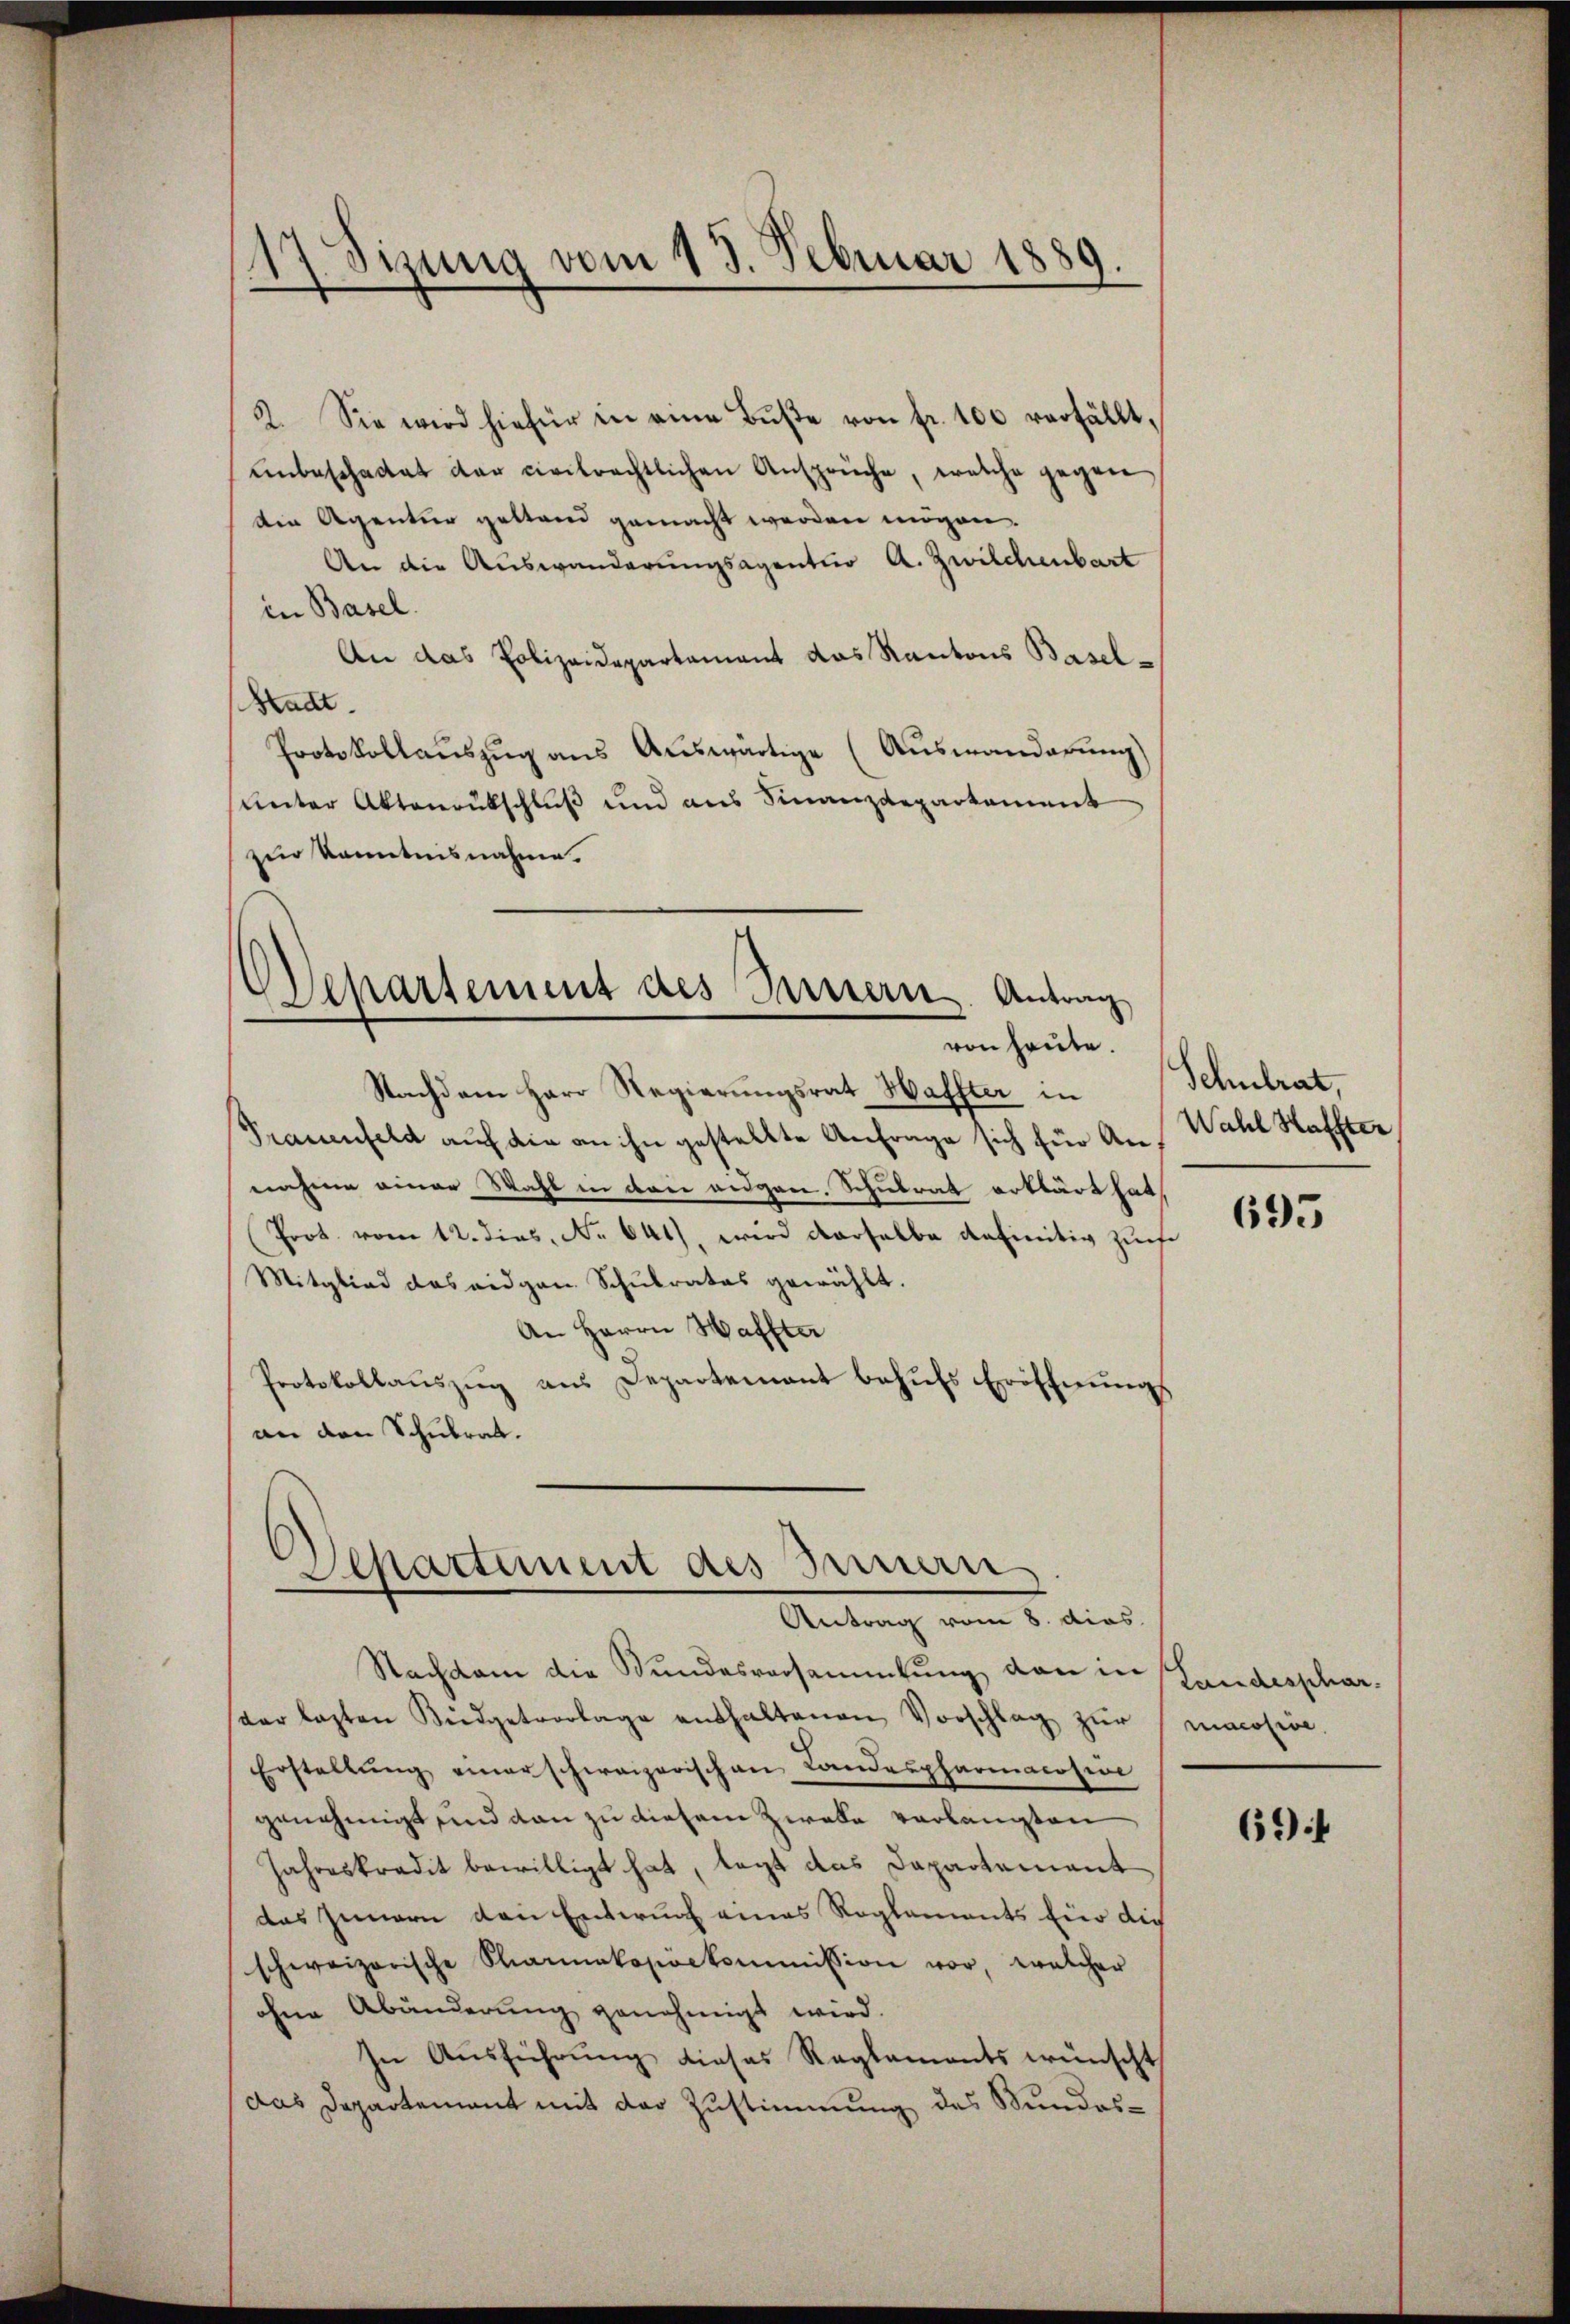
2. Sie wird hiefür in eine Buße von fr. 100 verfällt,
ŭnbeschattet der civilrechtlichen Ansprüche, welche gegen
die Agentur gestand gemacht werden mögen.
An die Auswanderungsagention A. Zwilchenbart
in Basel.
An das Polizeidepartement das Kantons Basel-
Stadt.
Protokollauszug aus Auswärtige (Ausmanderung)
unter Aktenrutschluß und aus Finanzdepartement
zur Kenntnisnahme.

17. Sizung vom 13. Februar 1889.

Departement des Sarnern. Antrag
von heute.

Nachdem Herr Regierungsrat Haffter in
Frauenfeld auf die an ihn gestellte Anfrage sich für An-Wahl Haffter
nahme einer Wahl in den eidgen. Schulrat erklärt hat,
Prot. vom 12. dies, No 641), wird derselbe definitiv zuch
Mitglied das eidgen Schulrates gewählt.
An Herrn Haffter
Protokollauszug aus Departement behufs Eröffnungs
an den Schulrat.

Departement des Innern
Antrag vom 8. dies

Nachdem die Wundesversammlung von in
der lasten Büdgetvorlage enthaltenen Vorschlag zŭr
Erstellŭng einer schweizerischen Landespharmacosion
genehmigt und dan zu diesem Zwale verlangten
Jahreskredit bewilligt hat, legt das Dapartement
das Innern den Entwurf eines Reglements fie die
schweizerische Stammakopionkommission vor, welcher
ohne Abänderung genehmigt wird.
In Ausführung dieses Reglements wünscht
das Departement mit der Zustimmung des Bundes¬

Schulrat,

695

Landesphar.
macosice.

694